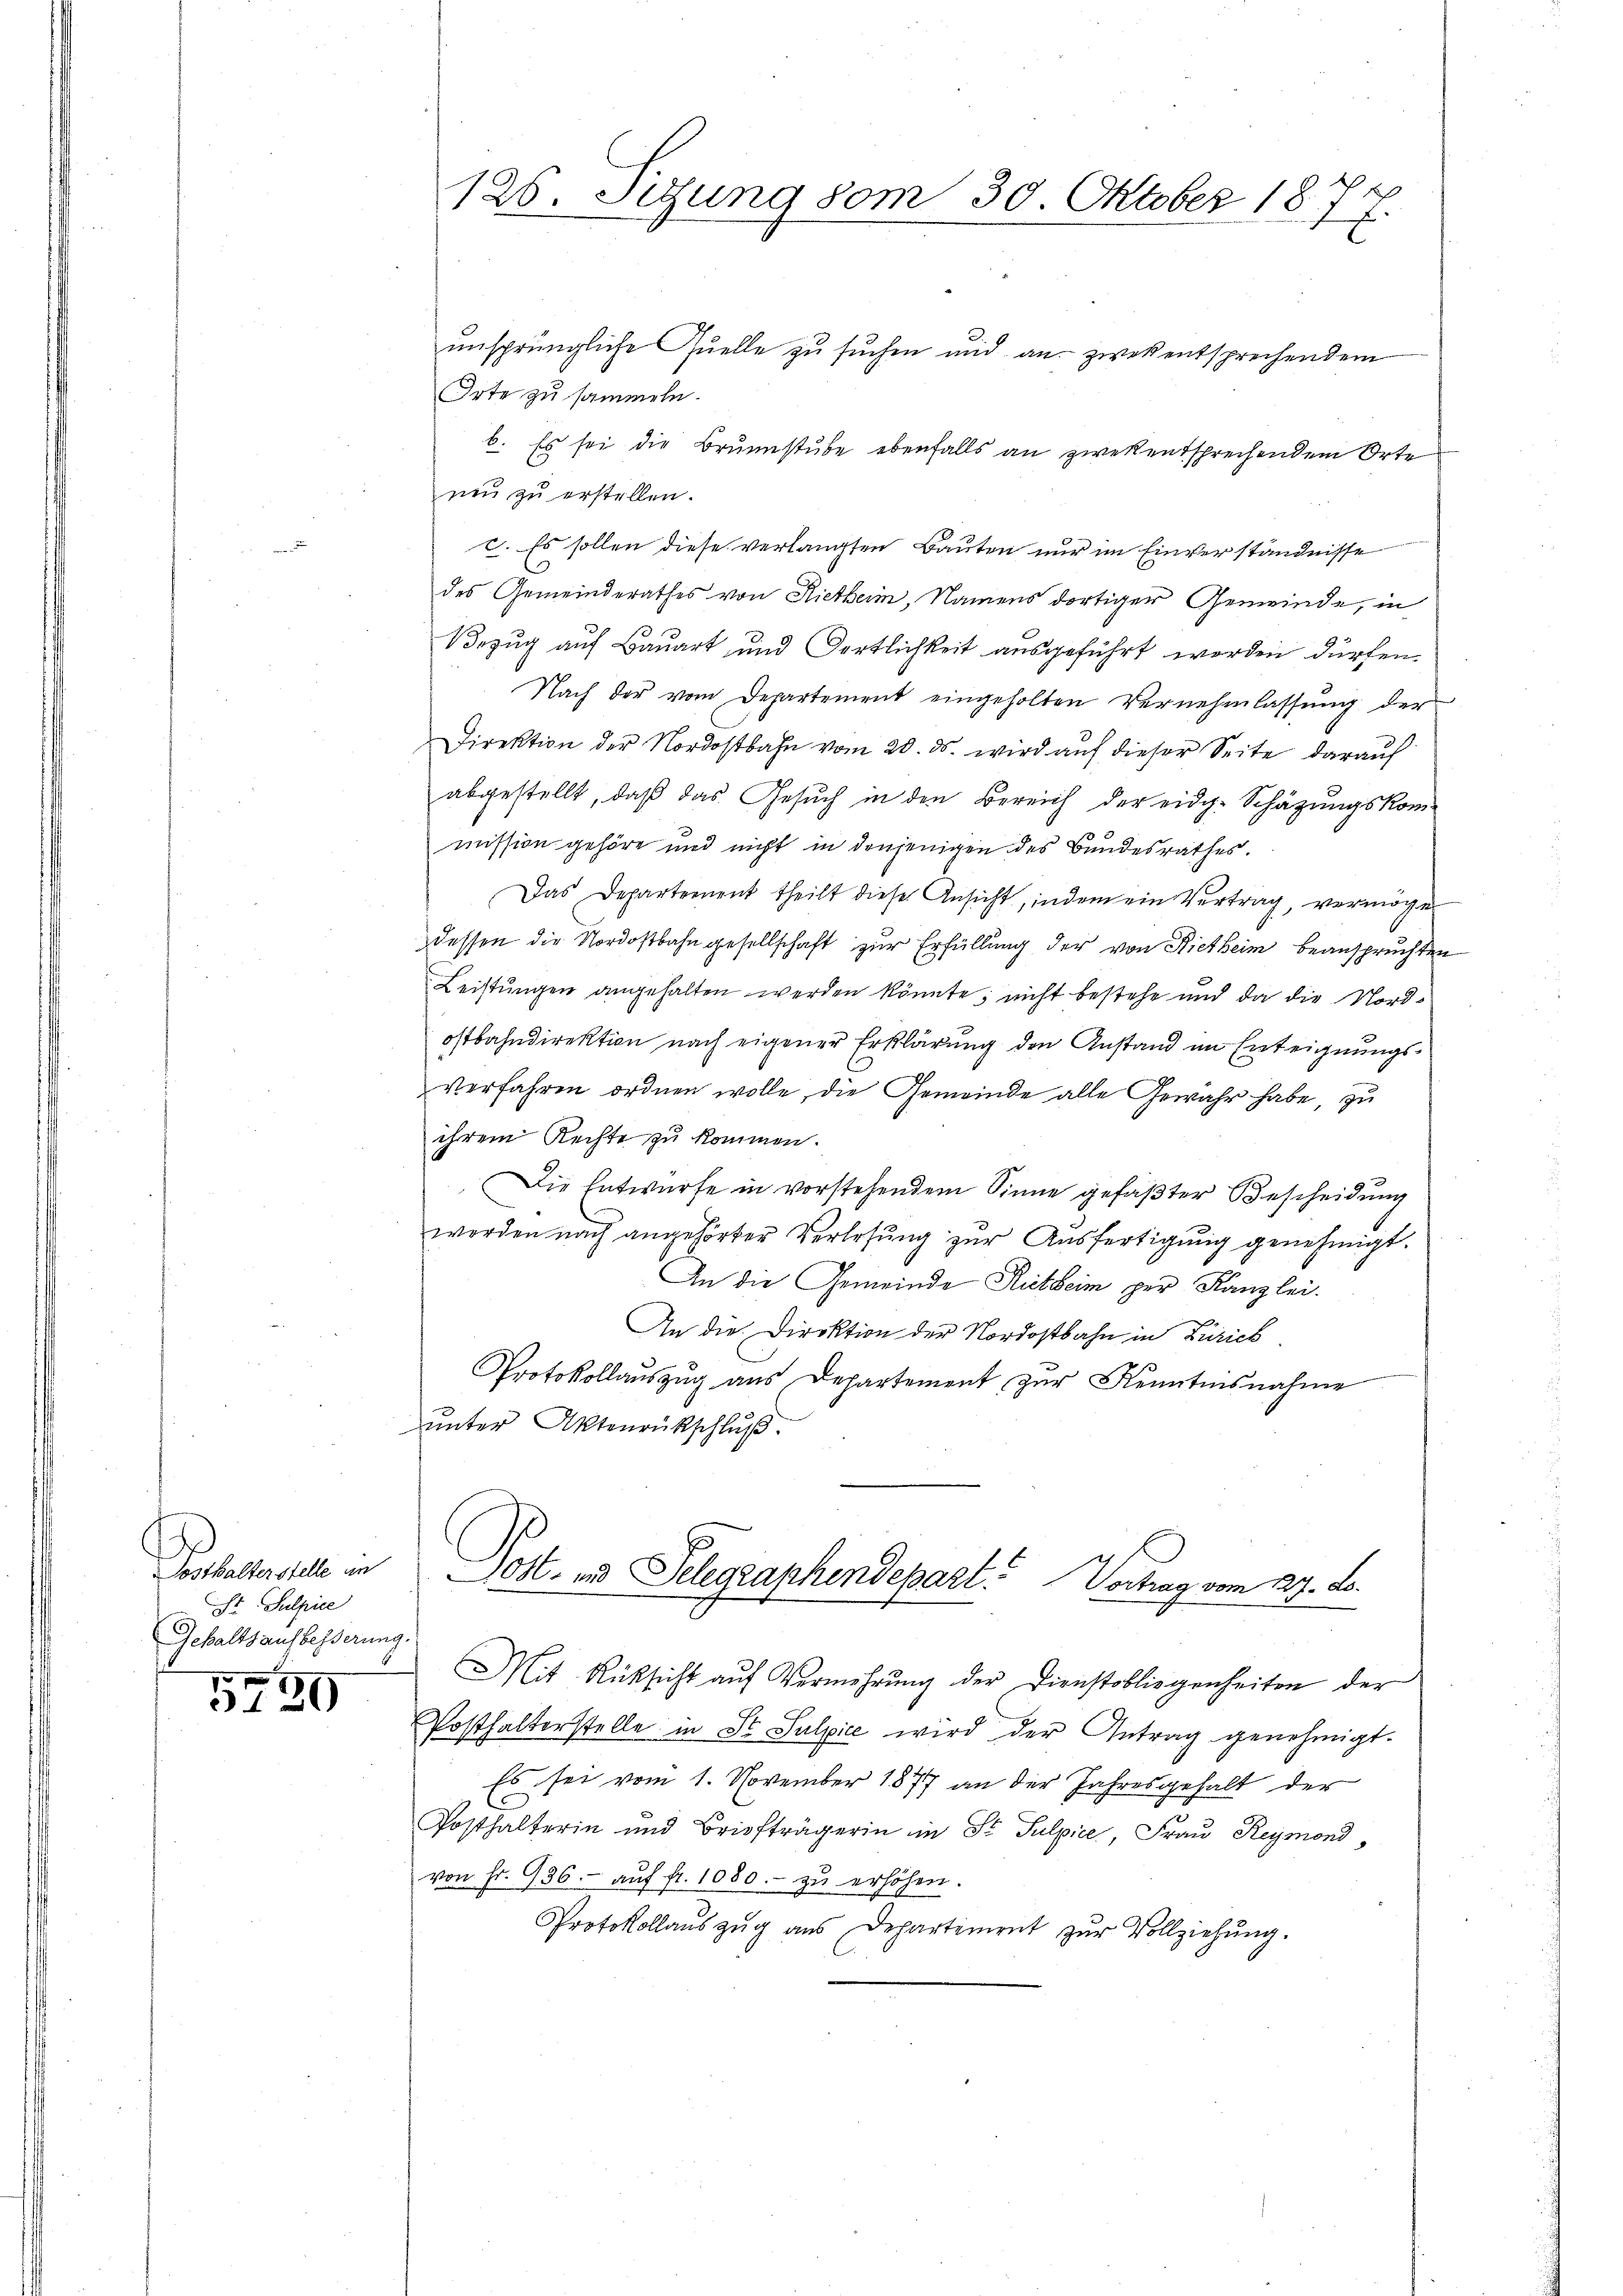
Posthalterstelle in
St. Sulpice
Gehaltsaufbesserun

3420

126. Sitzung vom 30. Oktober 1874.

unsprüngliche Quelle zu suchen und an zwek entsprechendem
Orte zu sammeln.
b. Es sei die Brunnstube ebenfalls an zwekentsprechendem Orte
neŭ zŭ erstellen.
c. Es sollen diese verlangten Bauten nur im Einverständnisse
des Gemeinderathes von Rietheim, Namens dortiger Gemeinde, in
Bezug auf Bauart und Gertlichkeit ausgeführt werden dürfen.
Nach der vom Departement eingeholten Vernehmlassung der
Direktion der Nordostbahn vom 20. ds. wird auf dieser Seite darauf
abgestellt, daß das Gesuch in den Bereich der eidg. Schätzungskommission gehöre und nicht in denjenigen des Bundesrathes.
Das Departement theilt diese Ansicht, indem ein Vertrag, vermöge
dessen die Nordostbahn gesellschaft zur Erfüllung der von Rietheim beanspruchten
Leistungen angehalten werden könnte; nicht bestehe und da die Nordostbahndirektion nach eigener Erklärung den Anstand im Enteignungs¬
Verfahren ordnen wolle, die Gemeinde alle Gewähr habe, zu
ihrem Rechte zu kommen.
Die Entwurfe in vorstehendem Sinne gefaßter Bescheidung
worden nach angehörter Verlesung zŭr Aŭsfertigŭng genehmigt.
An die Gemeinde Rutheim per Kanzlei-
An die Direktion der Nordostbahn in Zürich
Protokollauszug aus Departement zŭr Kenntnisnahme
unter Aktenrückschluß.
Jost und Telegraphendepart. Vortrag vom 27. ds.
9.
Mit Rüksicht aŭf Vermehrung der Dienstobliegenheiten der
Posthalterstelle in St. Sulzice wird der Antrag genehmigt.
Es sei vom 1. November 1877 an der Jahresgehalt der
Posthalterin und Briefträgerin in St. Sulpice, Frau Reymond,
von Fr. 936. aŭf fr. 1080.- zŭ erhöhen.
Protokollaŭs zŭg aŭs Departement zŭr Vollziehŭng.